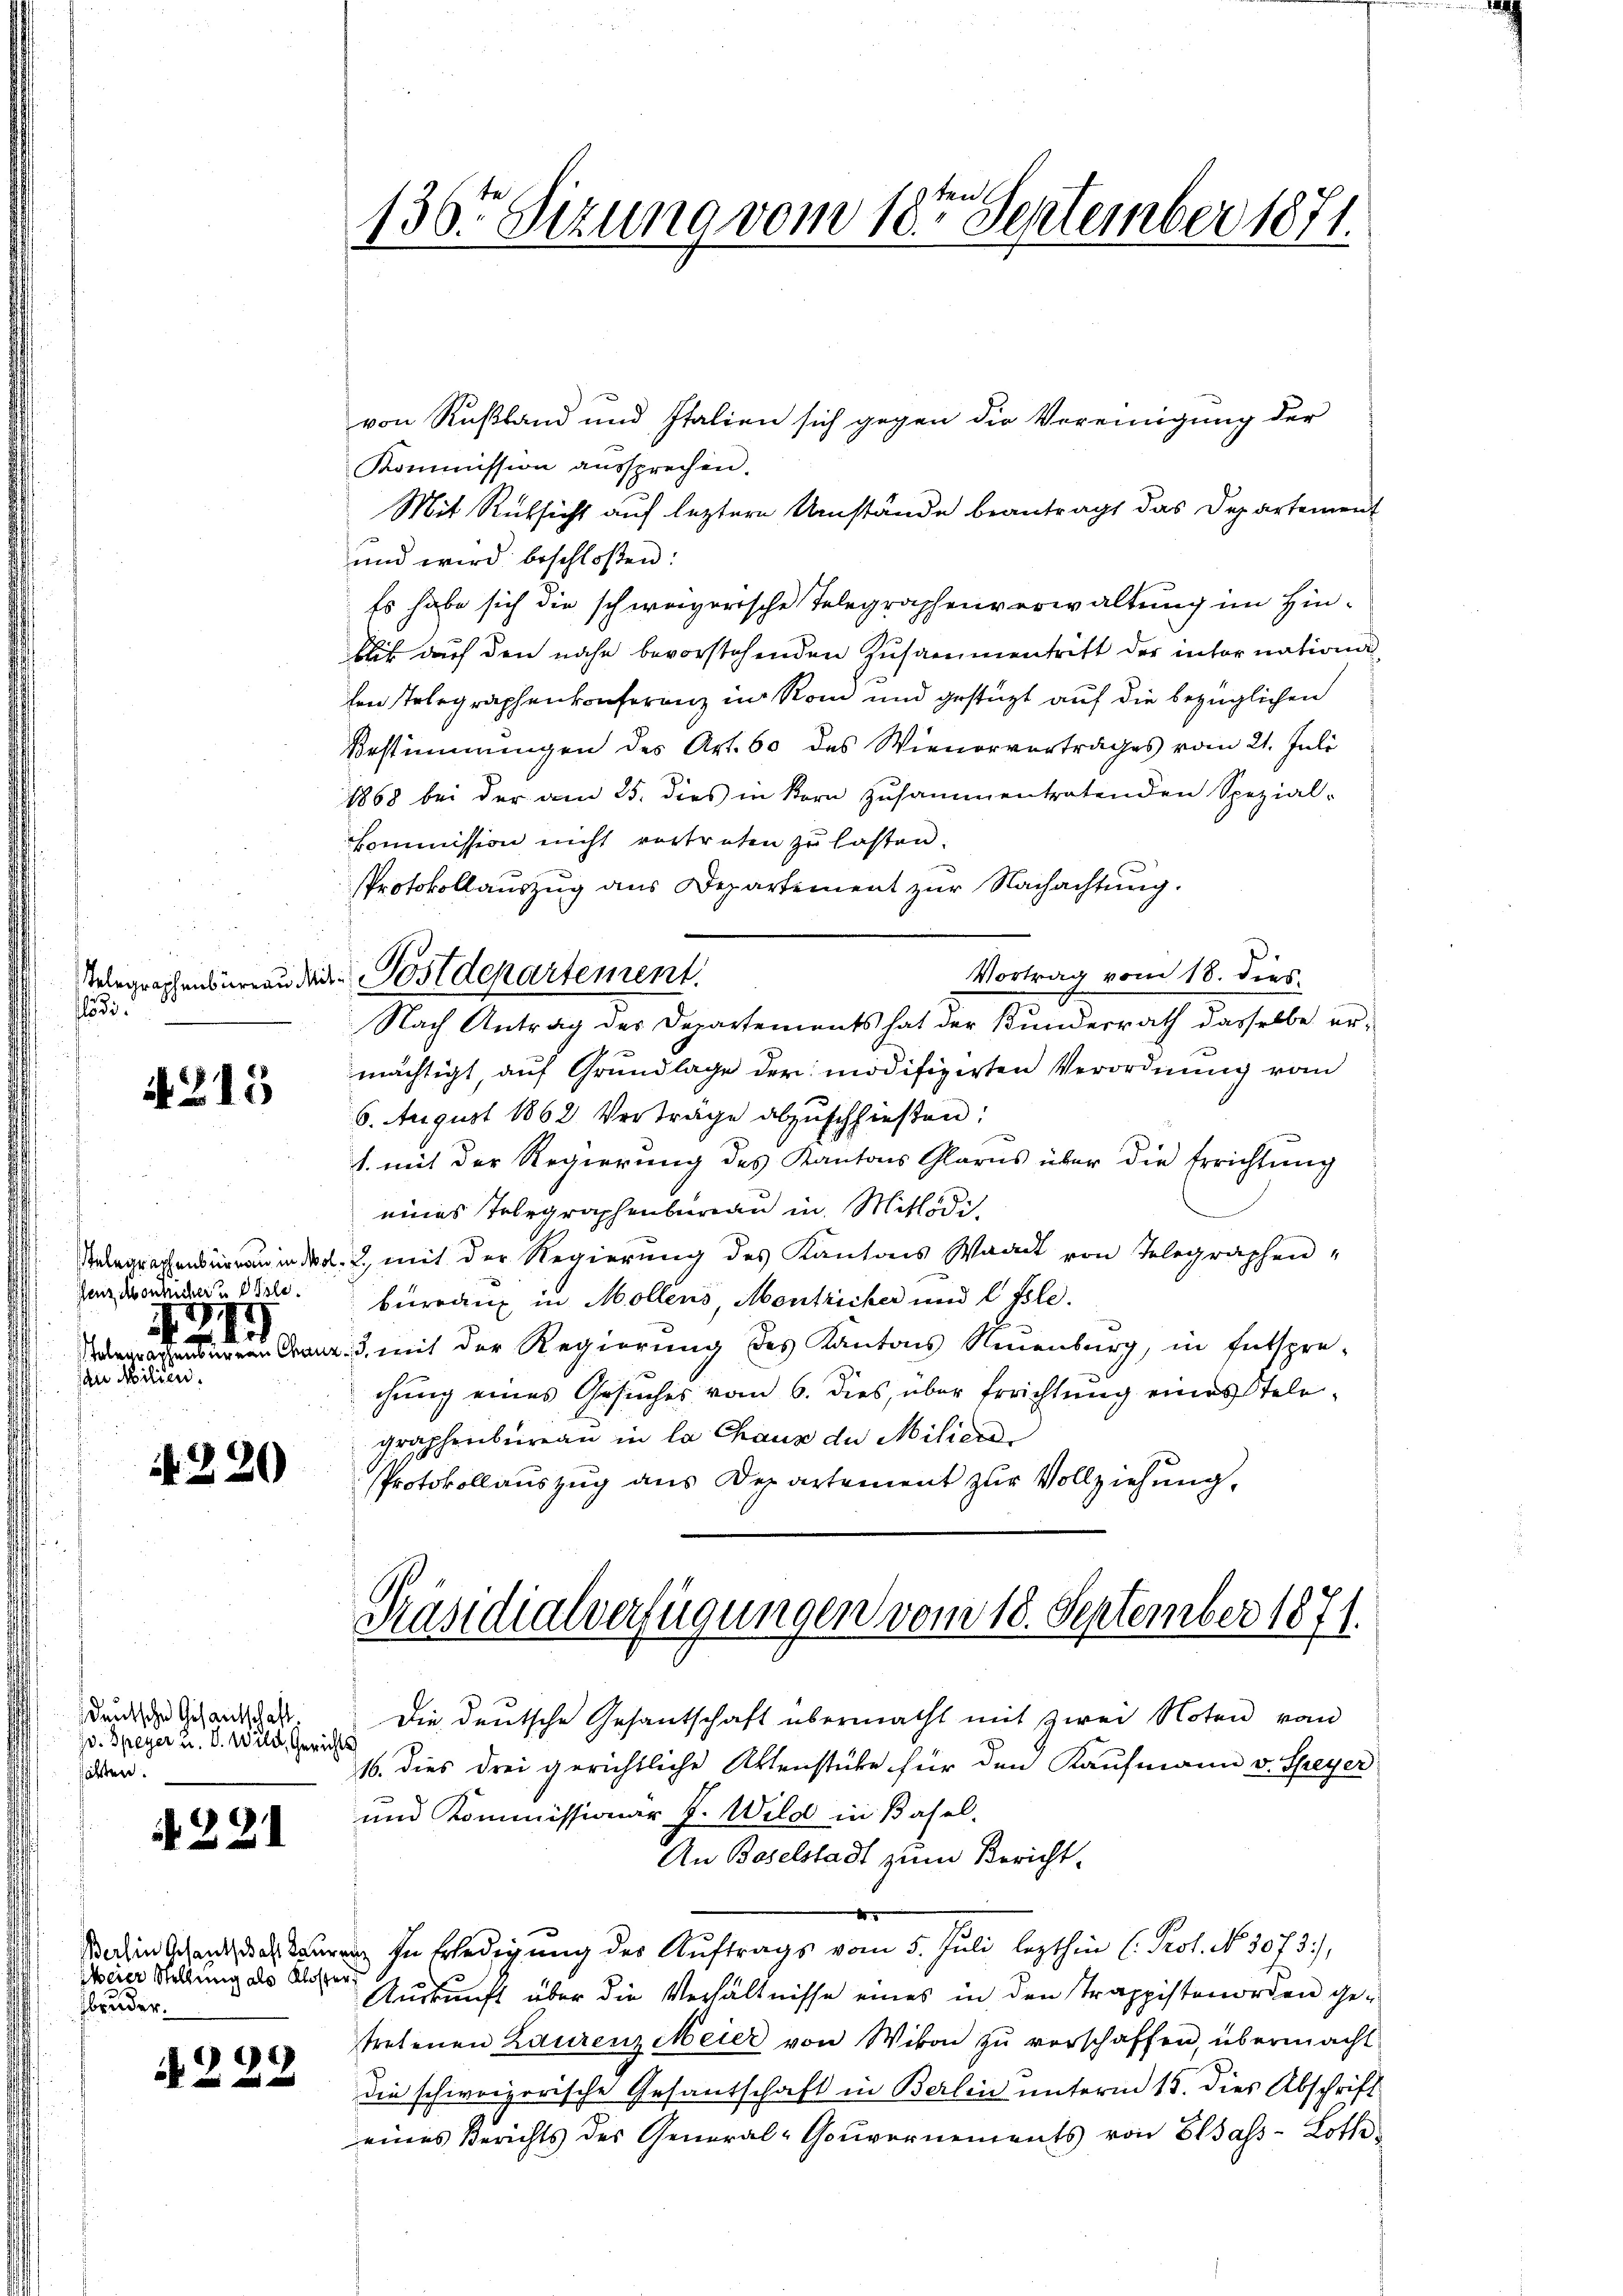
Telegraphenbureau di
lödi.

A 215

denz Abonlicher u ste
1
I
i

an Milien.

N 220

deutsche Gesantschaft
J. Speyer u. V. Wild, Gerichts
hätten.

. 221

Meier Stellung als Kloster
bruder.

222

von Rußland und Italien sich gegen die Vereinigung der
Kommission aussprechen.
Mit Rüksicht auf letztere Umstände beantragt das Departement
und wird beschloßen:
Es habe sich die schweizerische Telegraphenverwaltung im Hinliit durch den nahe bevorstehenden Zusammentritt der inter nationa
hen Telegraphenkonferenz in Rom und gestüzt auf die bezüglichen
Bestimmungen des Art. 60 des Wienorvertrages vom 21. Juli
1868 bei der am 25. dies in Korn zusammentratenden Spezial-
Commission nicht vertreten zu hasten.
Protokollauszug aus Departement zur Nachachtung.
Vortrag vom 18. dies
v. Postdepartement
Nach Antrag der Departements hat der Kunderrath dasselbe ermächtigt, auf Grundlage der modifizirten Verordnung vom
6. August 1862 Verträge abzuschließen:
1. mit der Regierung des Kantons Glarus über die Errichtung
eines Telegraphenbureau in Mitleidi¬
Anlagrechensiren in d. 2, mit der Regierung des Kantons Waadt von Telegraphen
bureaux in Mollens, Montricher und l Isle.
3 mit der Regierung des Kantons Neuenburg, in Entspre-
chung eines Gesuches vom 6. dies, über Errichtung eines Telegraphenbureau in la Chaux de Milier
Protokollauszug aus Departement zur Vollziehung,

136. Sizung vom 18ten September 1871.

Präsidialverfügungen vom 18. September 1871.

Die deutsche Gesantschaft übermacht mit zwei Noten vom
16. dies drei gerichtliche Aktenstüke für den Kaufmann v. Speyer
und Kommissionar J. Wild in Basel-
An Baselstadt zum Bericht.

dahin an in Erledigung der Auftrags vom 5. Juli lezthin (: Prof. No. 3073),
Auskunft über die Verhältnisse eines in den Trappistenorden getretenen Laurenz Meier von Wikon zu verschaffen, übermacht
die schweizerische Gesantschaft in Berlin unterm 15. dies Abschrift
eines Berichts des General-Gouvernements von Elsass-Loth